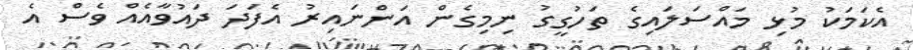
އެކަމަކު މުޅި މައްސަލައިގެ ތަހުގީގު ނިމިގެން އަންނައިރު އެފަދަ ދައުވާއެއް ވެސް އެ